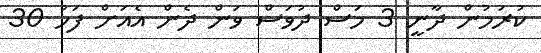
ކުރަމުން ދާނީ 3 މަސް ދުވަސް ވަން ދެން އެެއަށް ފަހު 30